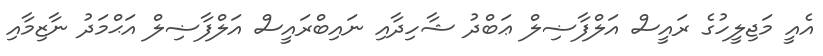
އެއީ މަޖިލީހުގެ ރައީސް އަލްފާޟިލް ޢަބްދު ޝާހިދާއި ނައިބްރައީސް އަލްފާޟިލް އަޙްމަދު ނާޒިމާއި